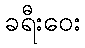
ခရီးဝေး